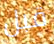
قبل